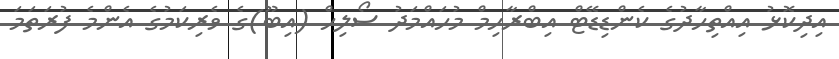
އިދިކޮޅު އިއްތިހާދުގެ ކެންޑިޑޭޓް އިބްރާހިިމް މުހައްމަދު ސޯލިހް (އިބޫ)ގެ ވެރިކަމުގެ އެންމެ ފުރަތަމަ